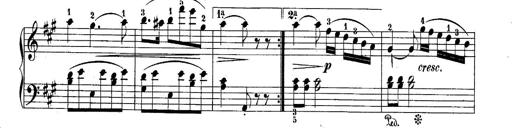
Title: 10 Sonatines progressives
Composer: Anton Schmoll